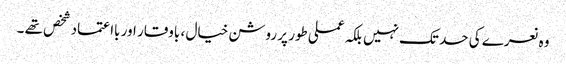
وہ نعرے کی حد تک نہیں بلکہ عملی طور پر روشن خیال ، باوقار اور بااعتماد شخص تھے ۔